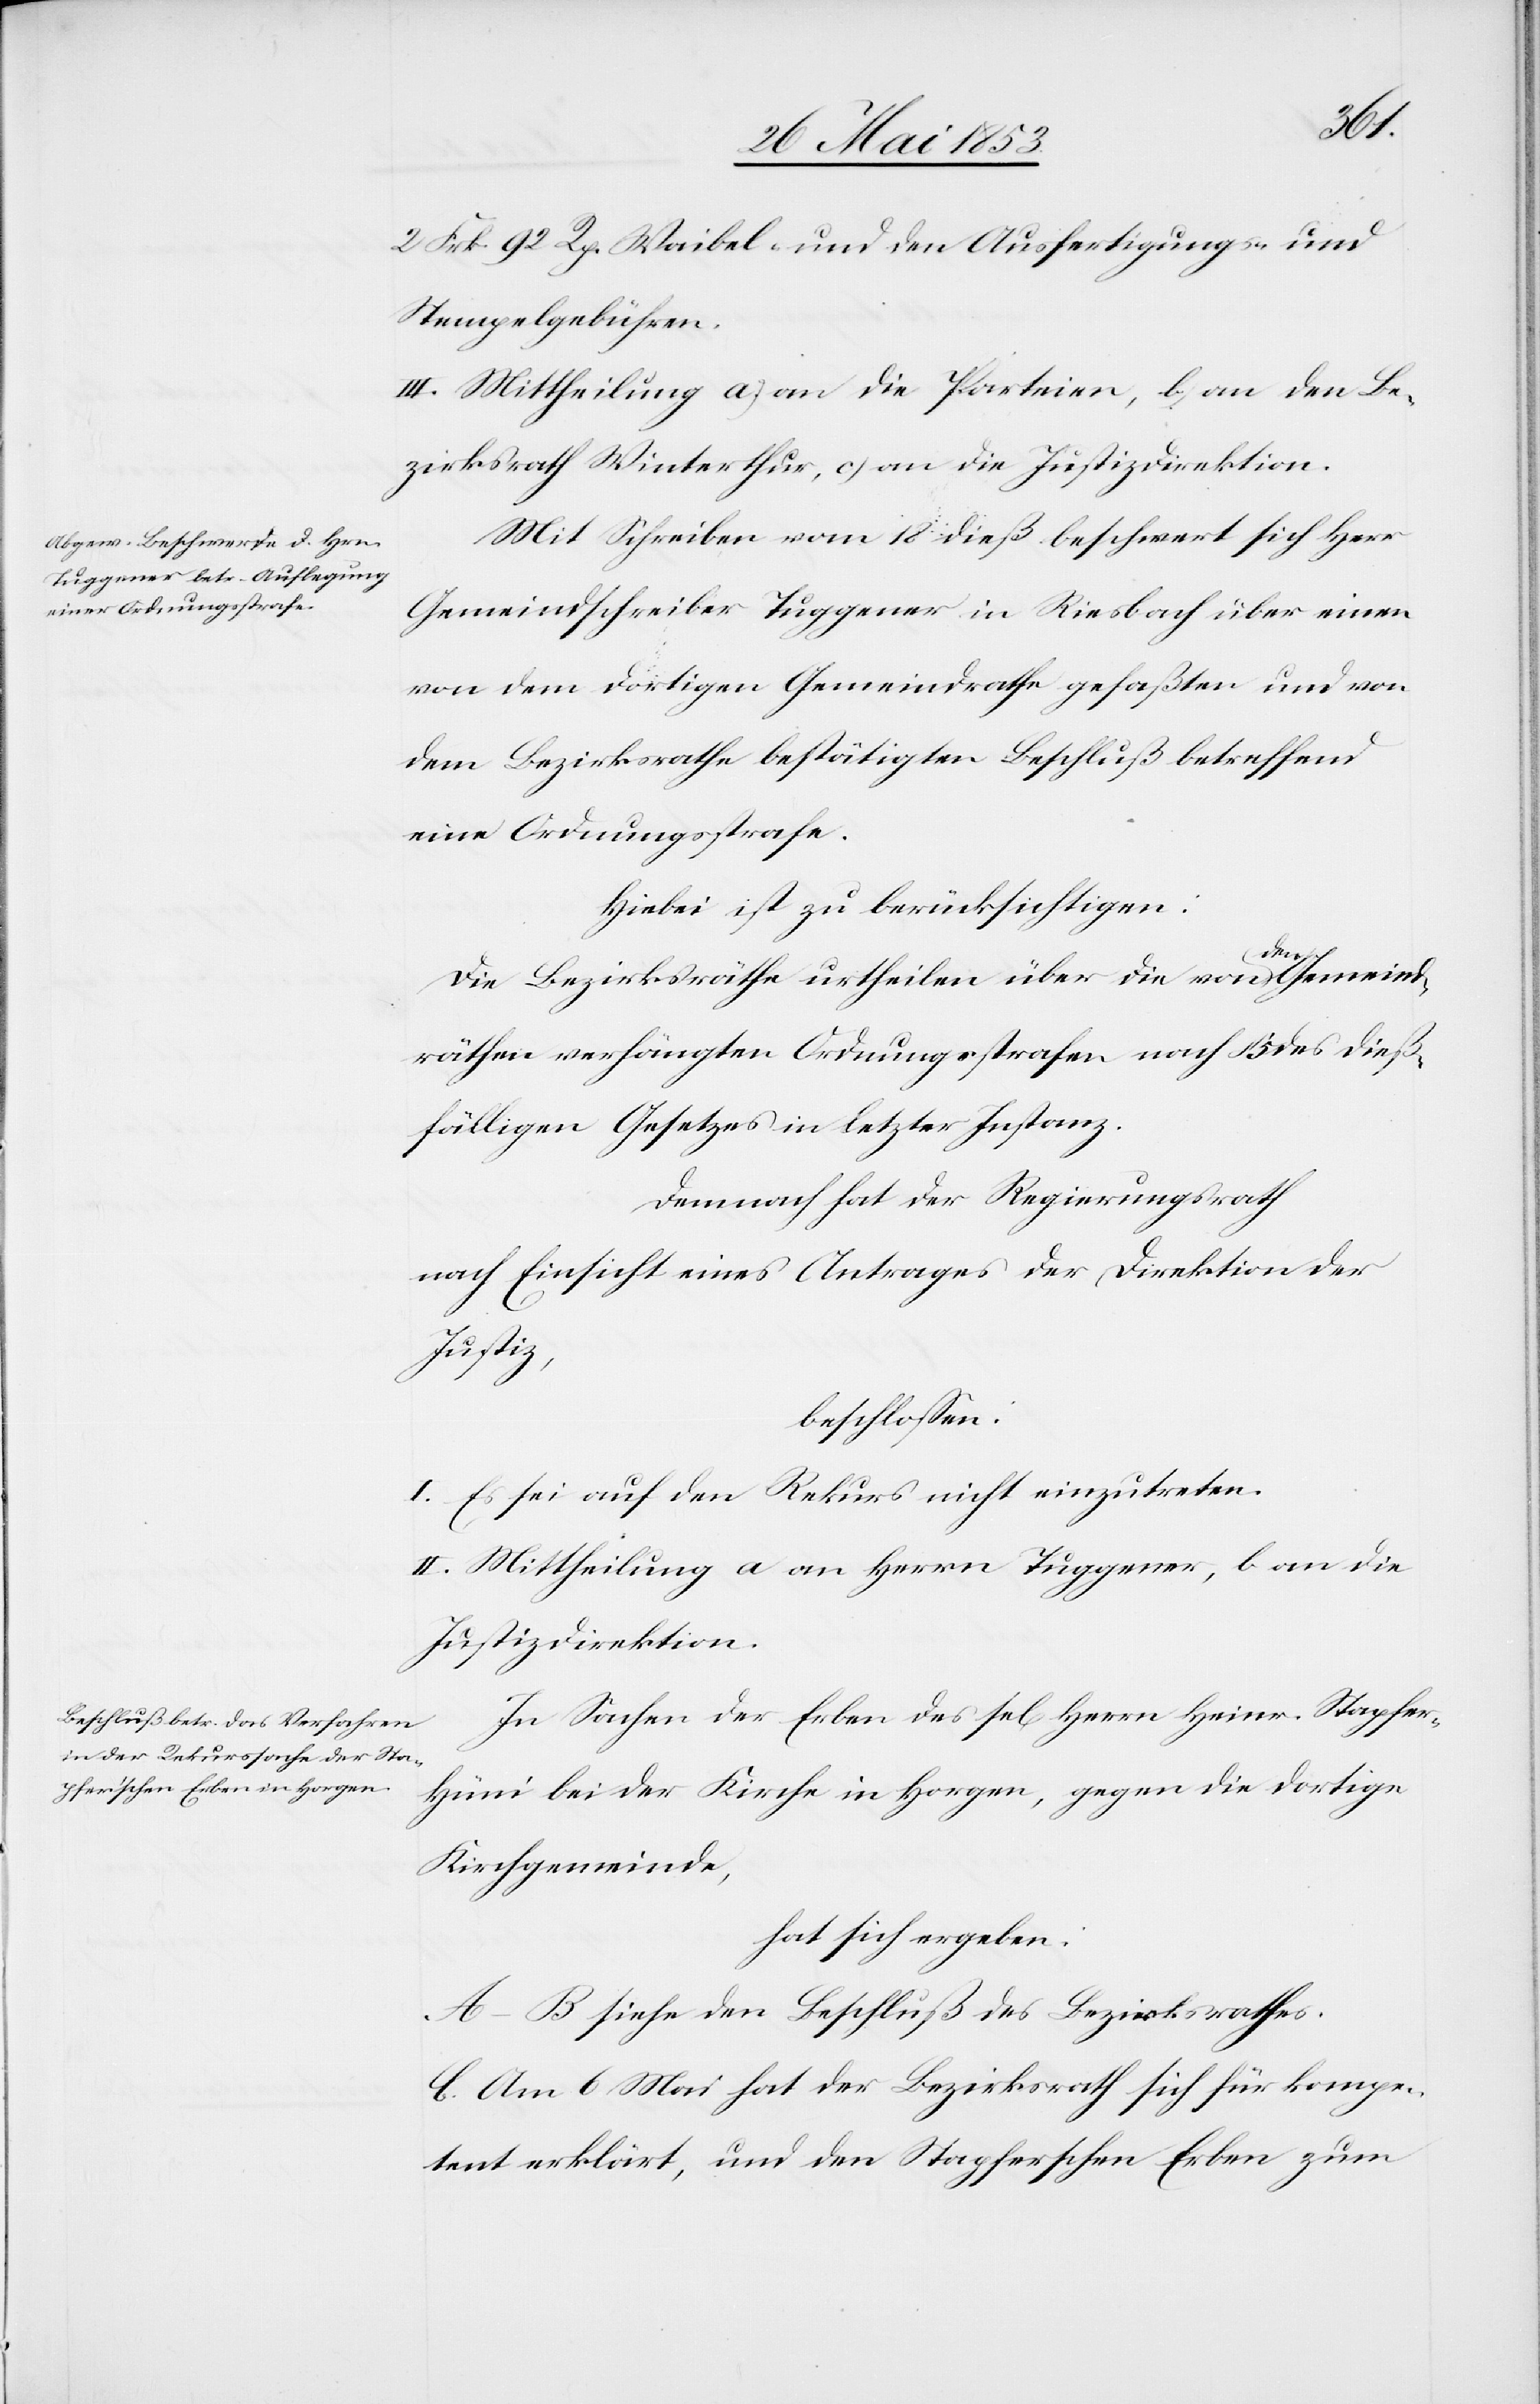
2 Frk. 92 rp. Waibel- und den Ausfertigungs- u.
Stempelgebühren.
III. Mittheilung a) an die Parteien, b) an den Be¬
zirksrath Winterthur, c) an die Justizdirektion.
Mit Schreiben vom 18 dieß beschwert sich Herr
Gemeindschreiber Tuggener in Riesbach über einen
von dem dortigen Gemeindrathe gefaßten und von
dem Bezirksrathe bestätigten Beschluß betreffend
eine Ordnungsstrafe.
Hiebei ist zu berücksichtigen:
Die Bezirksräthe urtheilen über die von den Gemeind¬
räthen verhängten Ordnungsstrafen nach § 5 des dieß¬
fälligen Gesetzes in letzter Instanz.
Demnach hat der Regierungsrath
nach Einsicht eines Antrages der Direktion der
Justiz,
beschloßen:
I. Es sei auf den Rekurs nicht einzutreten.
II. Mittheilung a an Herrn Tuggener, b an die
Justizdirektion.
In Sachen der Erben des sel Herrn Heinr. Stapfer-H¬
üni bei der Kirche in Horgen, gegen die dortige
Kirchgemeinde,
hat sich ergeben:
A–B. siehe den Beschluß des Bezirksrathes.
C. Am 6 Mai hat der Bezirksrath sich für kompe¬
tent erklärt, und den Stapferschen Erben zum